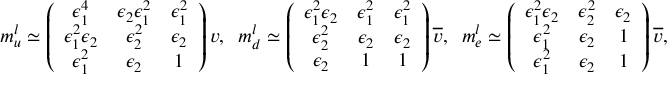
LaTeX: m _ { u } ^ { l } \simeq \left( \begin{array} { c c c } { { \epsilon _ { 1 } ^ { 4 } } } & { { \epsilon _ { 2 } \epsilon _ { 1 } ^ { 2 } } } & { { \epsilon _ { 1 } ^ { 2 } } } \\ { { \epsilon _ { 1 } ^ { 2 } \epsilon _ { 2 } } } & { { \epsilon _ { 2 } ^ { 2 } } } & { { \epsilon _ { 2 } } } \\ { { \epsilon _ { 1 } ^ { 2 } } } & { { \epsilon _ { 2 } } } & { { 1 } } \end{array} \right) v , \; \; m _ { d } ^ { l } \simeq \left( \begin{array} { c c c } { { \epsilon _ { 1 } ^ { 2 } \epsilon _ { 2 } } } & { { \epsilon _ { 1 } ^ { 2 } } } & { { \epsilon _ { 1 } ^ { 2 } } } \\ { { \epsilon _ { 2 } ^ { 2 } } } & { { \epsilon _ { 2 } } } & { { \epsilon _ { 2 } } } \\ { { \epsilon _ { 2 } } } & { { 1 } } & { { 1 } } \end{array} \right) \overline { { { v } } } , \; \; m _ { e } ^ { l } \simeq \left( \begin{array} { c c c } { { \epsilon _ { 1 } ^ { 2 } \epsilon _ { 2 } } } & { { \epsilon _ { 2 } ^ { 2 } } } & { { \epsilon _ { 2 } } } \\ { { \epsilon _ { 1 } ^ { 2 } } } & { { \epsilon _ { 2 } } } & { { 1 } } \\ { { \epsilon _ { 1 } ^ { 2 } } } & { { \epsilon _ { 2 } } } & { { 1 } } \end{array} \right) \overline { { { v } } } , \; \;